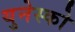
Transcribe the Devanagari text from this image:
युनेस्‍को